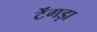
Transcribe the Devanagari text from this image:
टेंगड़ा